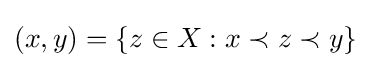
(x,y)=\{z\in X:x\prec z\prec y\}